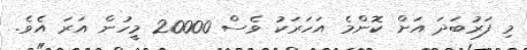
މި ފަރުބަދަ އަށް ކޮންމެ އަހަަރަކު ވެސް 20000 މީހުން އަރަ އެވެ.